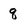
Character: q